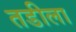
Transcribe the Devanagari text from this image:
तडीला